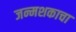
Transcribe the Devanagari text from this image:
जन्मशकाचा